画像に写った文字を読んでください
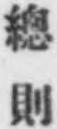
「總則」と書いてあります